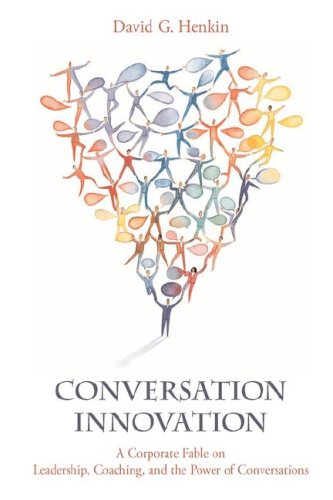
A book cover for Conversation Innovation; David  G. Henkin; Law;